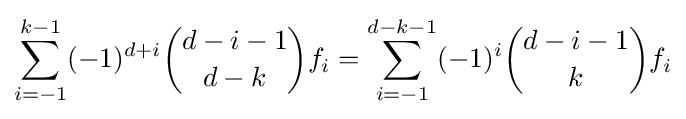
\sum _{i=-1}^{k-1}(-1)^{d+i}{\binom {d-i-1}{d-k}}f_{i}=\sum _{i=-1}^{d-k-1}(-1)^{i}{\binom {d-i-1}{k}}f_{i}